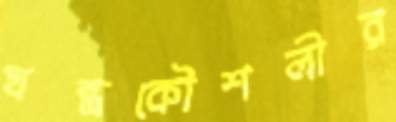
যন্ত্রকৌশলীর